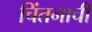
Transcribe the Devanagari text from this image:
चिंतनाची